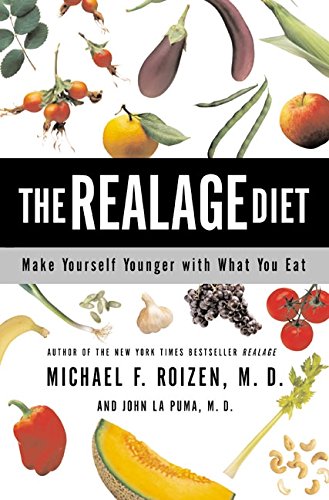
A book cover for The RealAge Diet: Make Yourself Younger with What You Eat; Michael F. Roizen; Health, Fitness & Dieting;